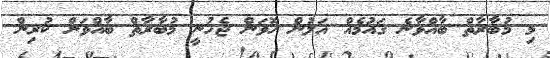
މި މުބާރާތް ބާއްވާނެ ގައުމެއް އަލުން ހޮވަން ޖެހުނީ މުބާރާތް ބާއްވަން ކުރިން